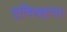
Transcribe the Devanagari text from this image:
एनिस्टन।